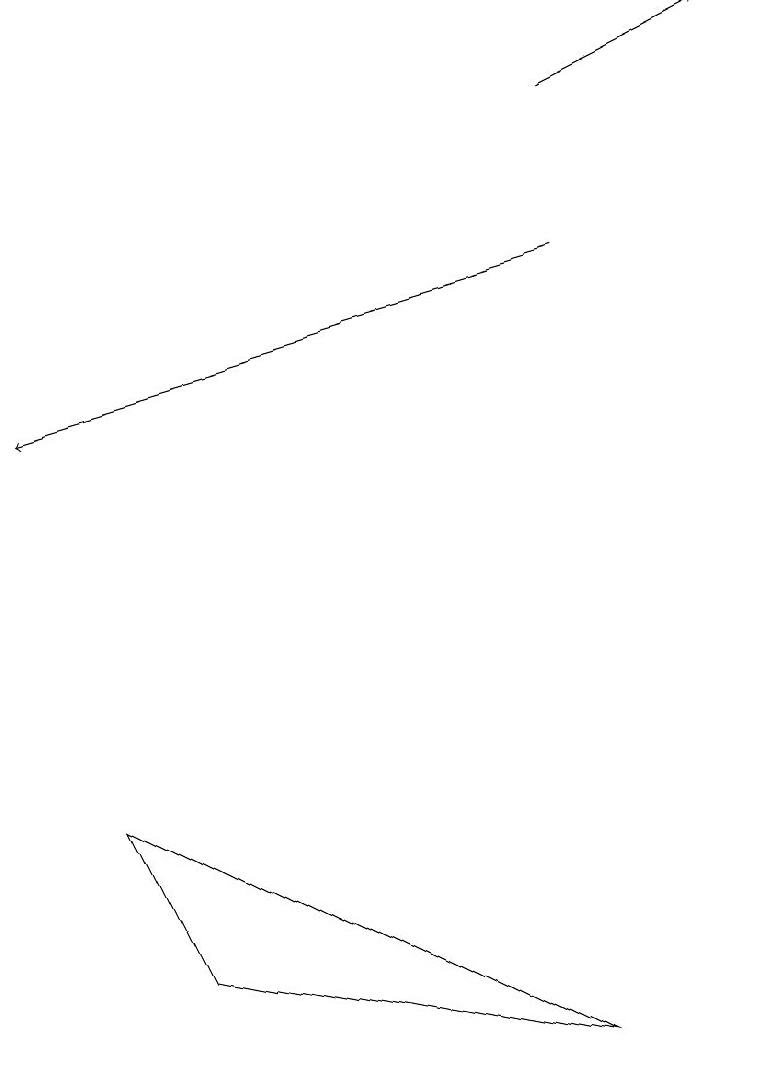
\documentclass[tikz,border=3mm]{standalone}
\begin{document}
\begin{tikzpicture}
\draw[->] (7,16) -- (9,17);
\draw[->] (7,14) -- (0,12);
\draw (7,4) -- (2,5) -- (1,7) -- cycle;
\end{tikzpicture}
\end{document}